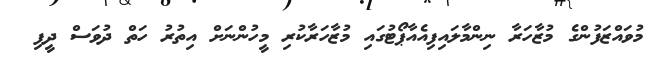
މުވައްޒަފުންގެ މުޒާހަރާ ނިންމާލައިފިއެއާޕޯޓުގައި މުޒާހަރާކުރި މީހުންނަށް އިތުރު ހަތް ދުވަސް ދީފި